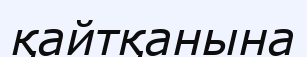
қайтқанына